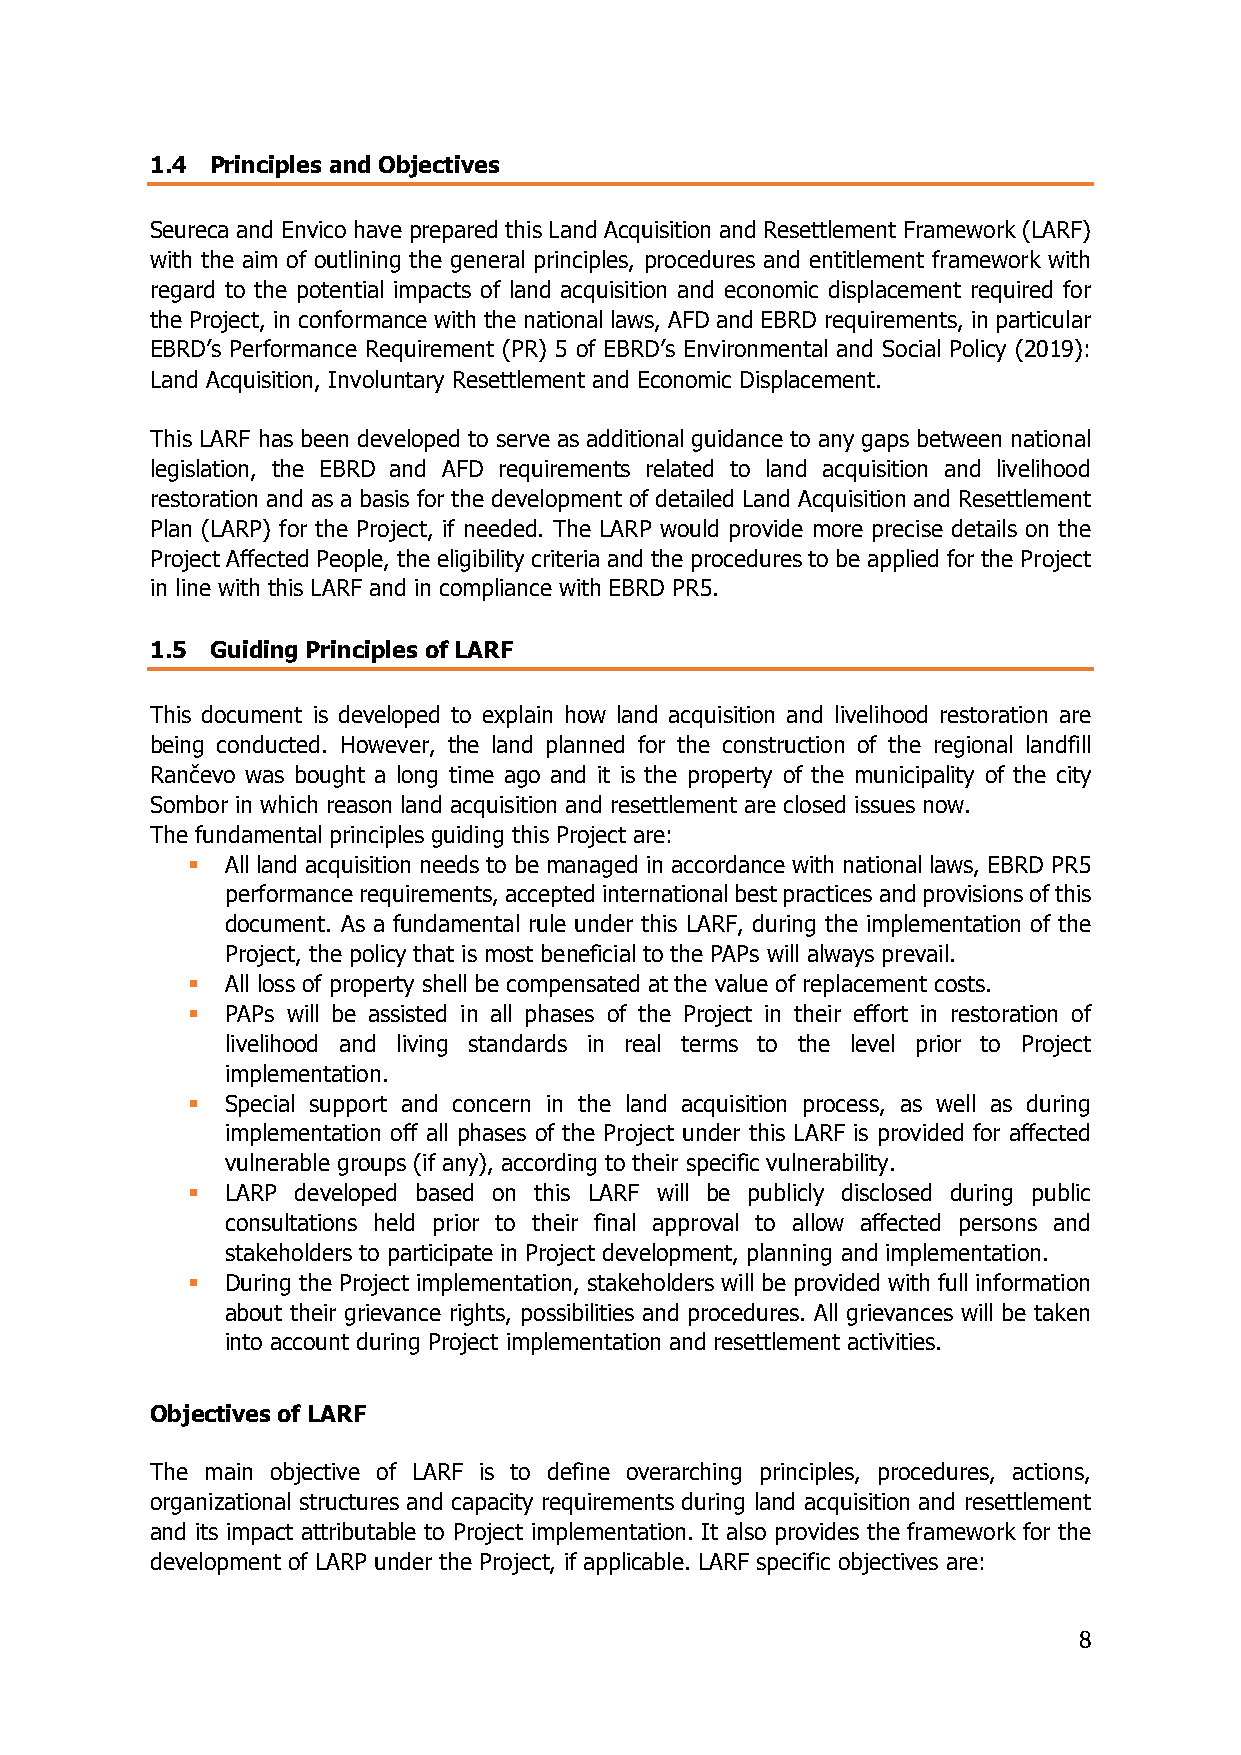
1.4 Principles and Objectives
 Seureca and Envico have prepared this Land Acquisition and Resettlement Framework (LARF)
 with the aim of outlining the general principles, procedures and entitlement framework with
 regard to the potential impacts of land acquisition and economic displacement required for
 the Project, in conformance with the national laws, AFD and EBRD requirements, in particular
 EBRD’s Performance Requirement (PR) 5 of EBRD’s Environmental and Social Policy (2019):
 Land Acquisition, Involuntary Resettlement and Economic Displacement.
 This LARF has been developed to serve as additional guidance to any gaps between national
 legislation, the EBRD and AFD requirements related to land acquisition and livelihood
 restoration and as a basis for the development of detailed Land Acquisition and Resettlement
 Plan (LARP) for the Project, if needed. The LARP would provide more precise details on the
 Project Affected People, the eligibility criteria and the procedures to be applied for the Project
 in line with this LARF and in compliance with EBRD PR5.
 1.5 Guiding Principles of LARF
 This document is developed to explain how land acquisition and livelihood restoration are
 being conducted. However, the land planned for the construction of the regional landfill
 Rančevo was bought a long time ago and it is the property of the municipality of the city
 Sombor in which reason land acquisition and resettlement are closed issues now.
 The fundamental principles guiding this Project are:
 ▪  All land acquisition needs to be managed in accordance with national laws, EBRD PR5
 performance requirements, accepted international best practices and provisions of this
 document. As a fundamental rule under this LARF, during the implementation of the
 Project, the policy that is most beneficial to the PAPs will always prevail.
 ▪  All loss of property shell be compensated at the value of replacement costs.
 ▪  PAPs will be assisted in all phases of the Project in their effort in restoration of
 livelihood and living standards in real terms to the level prior to Project
 implementation.
 ▪  Special support and concern in the land acquisition process, as well as during
 implementation off all phases of the Project under this LARF is provided for affected
 vulnerable groups (if any), according to their specific vulnerability.
 ▪  LARP developed based on this LARF will be publicly disclosed during public
 consultations held prior to their final approval to allow affected persons and
 stakeholders to participate in Project development, planning and implementation.
 ▪  During the Project implementation, stakeholders will be provided with full information
 about their grievance rights, possibilities and procedures. All grievances will be taken
 into account during Project implementation and resettlement activities.
 Objectives of LARF
 The main objective of LARF is to define overarching principles, procedures, actions,
 organizational structures and capacity requirements during land acquisition and resettlement
 and its impact attributable to Project implementation. It also provides the framework for the
 development of LARP under the Project, if applicable. LARF specific objectives are:
 8